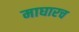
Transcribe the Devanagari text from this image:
माघारच